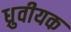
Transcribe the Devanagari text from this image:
ध्रुवीयक